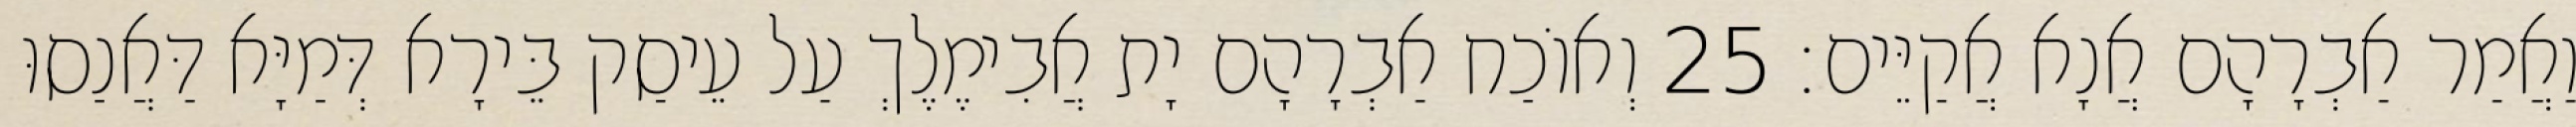
וַאֲמַר אַבְרָהָם אֲנָא אֲקַיֵּים׃ 25 וְאוֹכַח אַבְרָהָם יָת אֲבִימֶלֶךְ עַל עֵיסַק בֵּירָא דְּמַיָּא דַּאֲנַסוּ